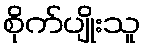
စိုက်ပျိုးသူ